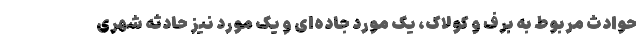
حوادث مربوط به برف و کولاک، یک مورد جاده‌ای و یک مورد نیز حادثه شهری